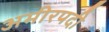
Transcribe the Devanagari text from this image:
अमीरपदी